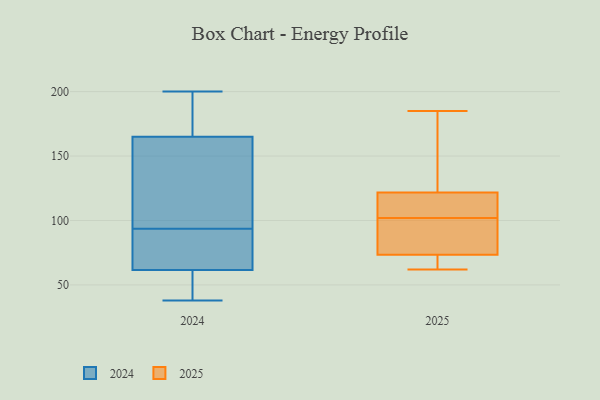
{"axis": {"x": "Latency (ms)", "y": "Value"}, "legend": ["2024", "2025"], "data": [{"x": "", "y": 53, "type": "2024"}, {"x": "", "y": 164, "type": "2024"}, {"x": "", "y": 94, "type": "2024"}, {"x": "", "y": 83, "type": "2024"}, {"x": "", "y": 75, "type": "2024"}, {"x": "", "y": 58, "type": "2024"}, {"x": "", "y": 166, "type": "2024"}, {"x": "", "y": 62, "type": "2024"}, {"x": "", "y": 200, "type": "2024"}, {"x": "", "y": 160, "type": "2024"}, {"x": "", "y": 93, "type": "2024"}, {"x": "", "y": 108, "type": "2024"}, {"x": "", "y": 38, "type": "2024"}, {"x": "", "y": 168, "type": "2024"}, {"x": "", "y": 188, "type": "2024"}, {"x": "", "y": 61, "type": "2024"}, {"x": "", "y": 111, "type": "2025"}, {"x": "", "y": 69, "type": "2025"}, {"x": "", "y": 110, "type": "2025"}, {"x": "", "y": 140, "type": "2025"}, {"x": "", "y": 75, "type": "2025"}, {"x": "", "y": 116, "type": "2025"}, {"x": "", "y": 139, "type": "2025"}, {"x": "", "y": 62, "type": "2025"}, {"x": "", "y": 100, "type": "2025"}, {"x": "", "y": 185, "type": "2025"}, {"x": "", "y": 102, "type": "2025"}, {"x": "", "y": 77, "type": "2025"}, {"x": "", "y": 66, "type": "2025"}]}